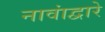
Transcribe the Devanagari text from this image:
नावांद्वारे